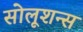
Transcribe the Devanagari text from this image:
सोलूशन्स